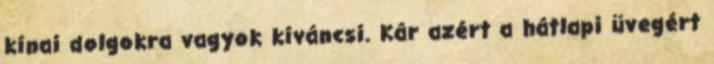
kínai dolgokra vagyok kíváncsi. Kár azért a hátlapi üvegért